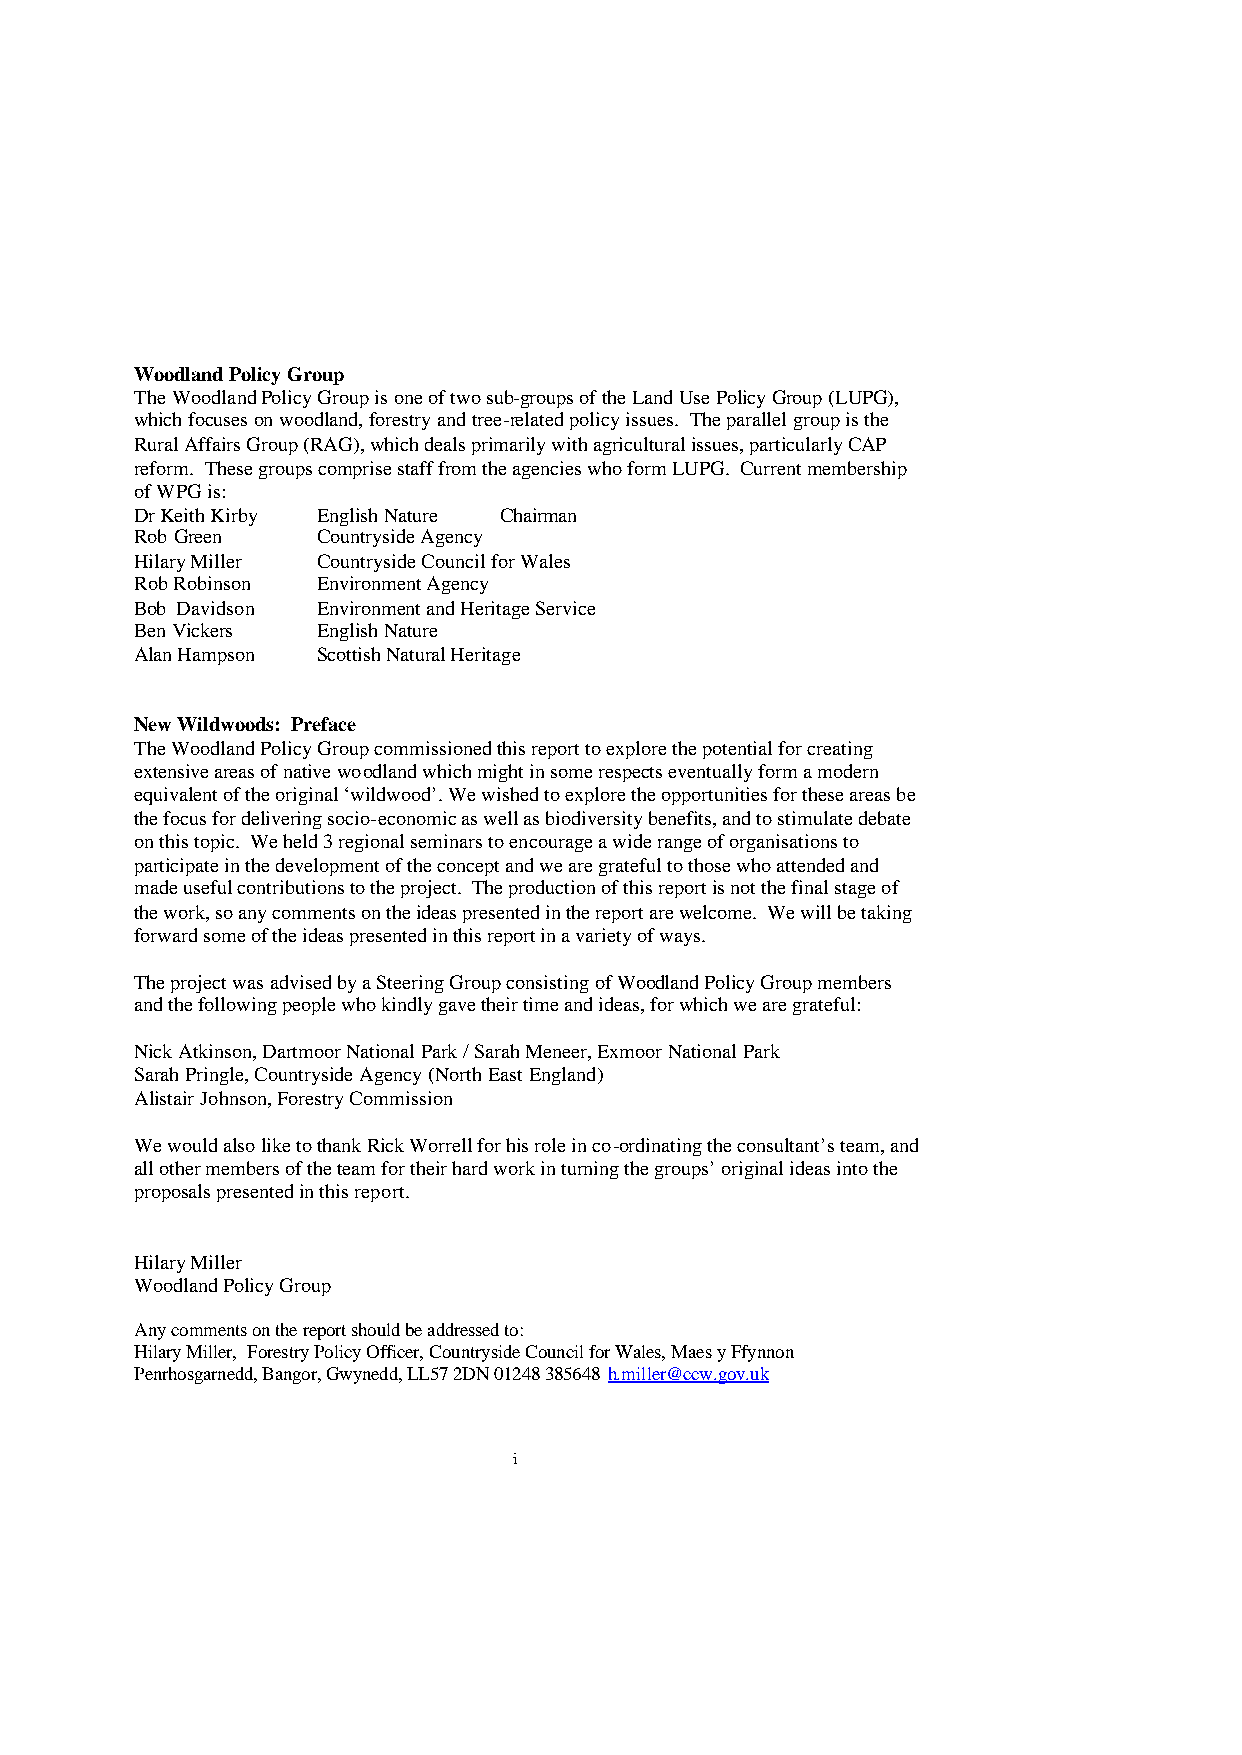
Woodland Policy Group
 The Woodland Policy Group is one of two sub-groups of the Land Use Policy Group (LUPG),
 which focuses on woodland, forestry and tree-related policy issues. The parallel group is the
 Rural Affairs Group (RAG), which deals primarily with agricultural issues, particularly CAP
 reform. These groups comprise staff from the agencies who form LUPG. Current membership
 of WPG is:
 Dr Keith Kirby English Nature Chairman
 Rob Green   Countryside Agency
 Hilary Miller Countryside Council for Wales
 Rob Robinson Environment Agency
 Bob Davidson Environment and Heritage Service
 Ben Vickers English Nature
 Alan Hampson Scottish Natural Heritage
 New Wildwoods: Preface
 The Woodland Policy Group commissioned this report to explore the potential for creating
 extensive areas of native woodland which might in some respects eventually form a modern
 equivalent of the original ‘wildwood’. We wished to explore the opportunities for these areas be
 the focus for delivering socio-economic as well as biodiversity benefits, and to stimulate debate
 on this topic. We held 3 regional seminars to encourage a wide range of organisations to
 participate in the development of the concept and we are grateful to those who attended and
 made useful contributions to the project. The production of this report is not the final stage of
 the work, so any comments on the ideas presented in the report are welcome. We will be taking
 forward some of the ideas presented in this report in a variety of ways.
 The project was advised by a Steering Group consisting of Woodland Policy Group members
 and the following people who kindly gave their time and ideas, for which we are grateful:
 Nick Atkinson, Dartmoor National Park / Sarah Meneer, Exmoor National Park
 Sarah Pringle, Countryside Agency (North East England)
 Alistair Johnson, Forestry Commission
 We would also like to thank Rick Worrell for his role in co-ordinating the consultant’s team, and
 all other members of the team for their hard work in turning the groups’ original ideas into the
 proposals presented in this report.
 Hilary Miller
 Woodland Policy Group
 Any comments on the report should be addressed to:
 Hilary Miller, Forestry Policy Officer, Countryside Council for Wales, Maes y Ffynnon
 Penrhosgarnedd, Bangor, Gwynedd, LL57 2DN 01248 385648 h.miller@ccw.gov.uk
 i